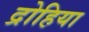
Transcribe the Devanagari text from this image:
द्रोहिया